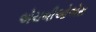
એચબીઓએસ